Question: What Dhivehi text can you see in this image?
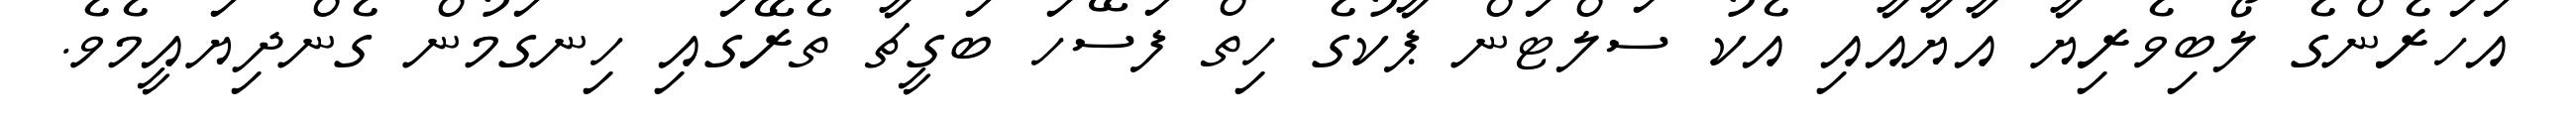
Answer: އަހަރެންގެ ލޯބިވެރިޔާ އާޔާއާއި އެކު ސަލްޓަން ޕާކުގެ ހިތް ފަސޭހަ ބަގީޗާ ތެރޭގައި ހިނގަމުން ގެންދިޔައީމެވެ.